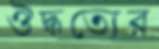
ঔদ্ধত্যের